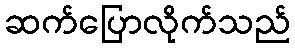
ဆက်ပြောလိုက်သည်